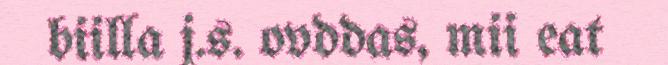
biilla j.s. ovddas, mii eat